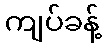
ကျပ်ခန့်